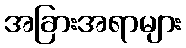
အခြားအရာများ